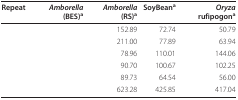
<table><thead><tr><td><b>Repeat</b></td><td><b><i>Amborella </i>(BES)<sup>a</sup></b></td><td><b><i>Amborella </i>(RS)<sup>a</sup></b></td><td><b>SoyBean<sup>a</sup></b></td><td><b><i>Oryza </i>rufipogon<sup>a</sup></b></td></tr></thead><tbody><tr><td>[EMPTY_CELL]</td><td>[EMPTY_CELL]</td><td>152.89</td><td>72.74</td><td>50.79</td></tr><tr><td>[EMPTY_CELL]</td><td>[EMPTY_CELL]</td><td>211.00</td><td>77.89</td><td>63.94</td></tr><tr><td>[EMPTY_CELL]</td><td>[EMPTY_CELL]</td><td>78.96</td><td>110.01</td><td>144.06</td></tr><tr><td>[EMPTY_CELL]</td><td>[EMPTY_CELL]</td><td>90.70</td><td>100.67</td><td>102.25</td></tr><tr><td>[EMPTY_CELL]</td><td>[EMPTY_CELL]</td><td>89.73</td><td>64.54</td><td>56.00</td></tr><tr><td>[EMPTY_CELL]</td><td>[EMPTY_CELL]</td><td>623.28</td><td>425.85</td><td>417.04</td></tr></tbody></table>